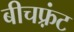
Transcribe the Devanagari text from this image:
बीचफ़्रंट